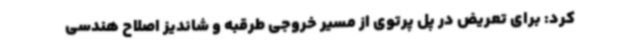
کرد: برای تعریض در پل پرتوی از مسیر خروجی طرقبه و شاندیز اصلاح هندسی